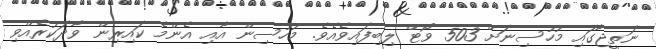
ނަތީޖާގައި މުހުސިނަށް 503 ވޯޓް ލިބިފައިވެއެވެ. މުހުސިން އާއި އެންމެ ކައިރިން ވާދަކުރެއްވި